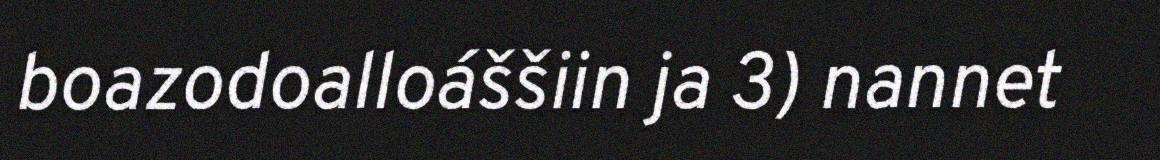
boazodoalloáššiin ja 3) nannet